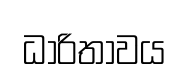
ධාරිතාවය